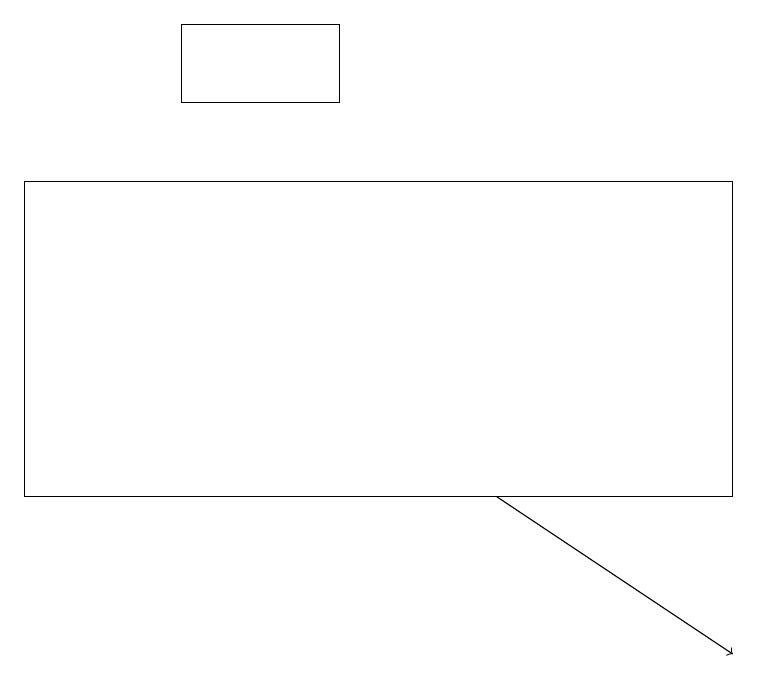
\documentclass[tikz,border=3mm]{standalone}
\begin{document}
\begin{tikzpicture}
\draw[->] (6,13) -- (9,11);
\draw (2,18) rectangle (4,19);
\draw (9,13) rectangle (0,17);
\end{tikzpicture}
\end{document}